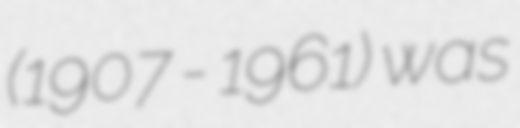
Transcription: (1907 - 1961) was